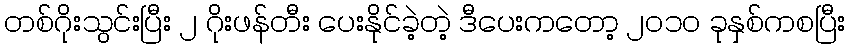
တစ်ဂိုးသွင်းပြီး ၂ ဂိုးဖန်တီး ပေးနိုင်ခဲ့တဲ့ ဒီပေးကတော့ ၂၀၁၀ ခုနှစ်ကစပြီး